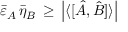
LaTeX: { \bar { \varepsilon } } _ { A } \, { \bar { \eta } } _ { B } \, \geq \, \left| \langle [ { \hat { A } } , { \hat { B } } ] \rangle \right|